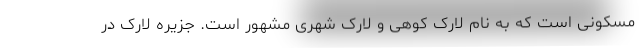
مسکونی است که به نام لارک کوهی و لارک شهری مشهور است. جزیره لارک در